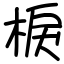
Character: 棙